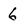
Character: 6